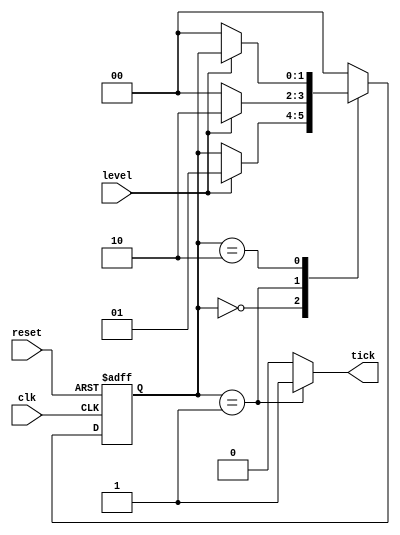
module red (clk, reset, level, tick); //moore-based design
    input clk, reset, level;
    output reg tick;

//define state 
localparam [1:0]
    zero = 2'b00,
    edg = 2'b01,
    one = 2'b10;
reg [1:0] state_reg, state_next;

//state register
always @(posedge clk or posedge reset) begin
    if(reset)
        state_reg = zero;
    else
        state_reg <= state_next;
end

always @* begin
    state_next = state_reg;
    tick = 1'b0;
    case(state_reg)
        zero:
            if(level)
                state_next = edg;
        edg:
            begin
                tick = 1'b1;
                if(level)
                    state_next = one;
                else
                    state_next = zero;
            end
        one: 
            if(~level)
                state_next = zero;
        default: state_next = zero;
    endcase
end
endmodule